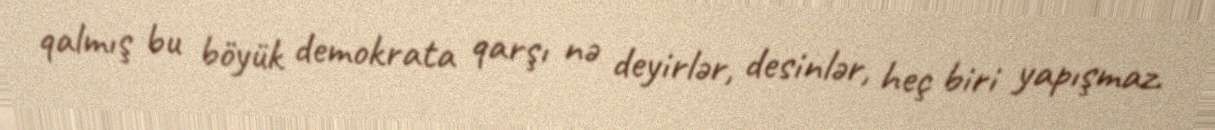
qalmış bu böyük demokrata qarşı nə deyirlər, desinlər, heç biri yapışmaz.